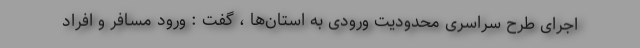
اجرای طرح سراسری محدودیت ورودی به استان‌ها ، گفت : ورود مسافر و افراد